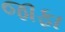
જાફા